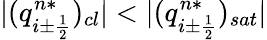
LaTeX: |(q_{i\pm\frac{1}{2}}^{n*})_{cl}|<|(q_{i\pm\frac{1}{2}}^{n*})_{sat}|